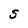
Character: S